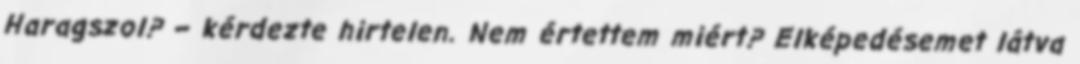
Haragszol? – kérdezte hirtelen. Nem értettem miért? Elképedésemet látva